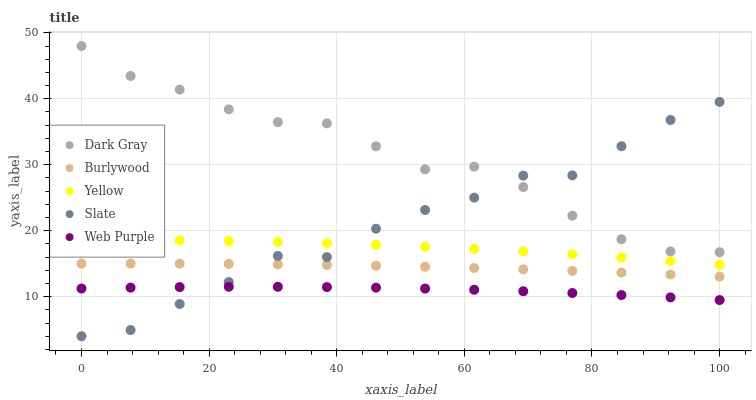
| xaxis_label | Dark Gray | Burlywood | Yellow | Slate | Web Purple |
 | --- | --- | --- | --- | --- | --- |
 | 0 | 48 | 15 | 18.6 | 4 | 11.2 |
 | 7.69 | 43.5 | 15 | 18.6 | 4.94 | 11.4 |
 | 15.4 | 41.4 | 15 | 18.5 | 8.89 | 11.5 |
 | 23.1 | 38.4 | 15 | 18.4 | 12.2 | 11.5 |
 | 30.8 | 36.5 | 14.9 | 18.3 | 16.2 | 11.5 |
 | 38.5 | 36.3 | 14.8 | 18.1 | 16 | 11.5 |
 | 46.2 | 32.8 | 14.7 | 17.9 | 20.3 | 11.4 |
 | 53.8 | 29.3 | 14.5 | 17.6 | 23.1 | 11.2 |
 | 61.5 | 29.7 | 14.4 | 17.2 | 25 | 11.1 |
 | 69.2 | 26.6 | 14.1 | 16.9 | 28.3 | 10.8 |
 | 76.9 | 22.3 | 13.9 | 16.4 | 28.4 | 10.6 |
 | 84.6 | 18.7 | 13.6 | 15.9 | 32.8 | 10.2 |
 | 92.3 | 16.9 | 13.4 | 15.4 | 36.8 | 9.89 |
 | 100 | 16.7 | 13 | 14.8 | 39.5 | 9.49 |